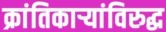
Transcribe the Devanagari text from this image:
क्रांतिकाऱ्यांविरुद्ध